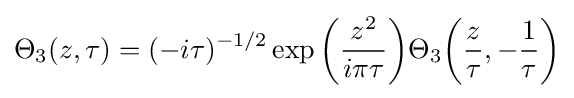
\Theta _{3}(z,\tau )=(-i\tau )^{-1/2}\exp {\biggl (}{\frac {z^{2}}{i\pi \tau }}{\biggl )}\Theta _{3}{\biggl (}{\frac {z}{\tau }},-{\frac {1}{\tau }}{\biggl )}